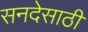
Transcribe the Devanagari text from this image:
सनदेसाठी